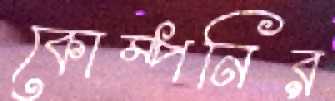
কোম্পনির